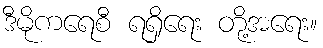
ဒီမိုကရေစီ ရရှိရေး တို့အရေး။